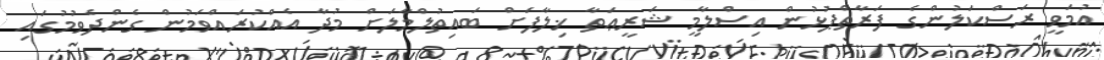
އުމަވީ ރަސްކަލުންގެ ފަރާތްޕުޅުން އިސްލާމީ ޝަރީޢަތާ ޚިލާފަށް ބައިތުލްމާލަށް މުދާ އެއްކުރައްވަމުން ގެންދެވުމުގައި